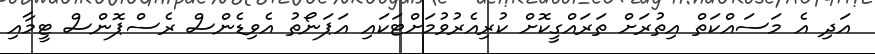
އަދި އެ މަސައްކަތް އިތުރަށް ތަރައްގީކޮށް ކުރިއެރުވުމަށްޓަކައި އަޕަނޯތު އެވިޑެންސް ރެސްޕޮންސް ޓީމާއި